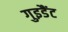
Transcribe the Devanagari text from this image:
गुइडैंट